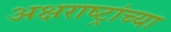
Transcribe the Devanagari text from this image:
अक्षराष्ट्रांच्या